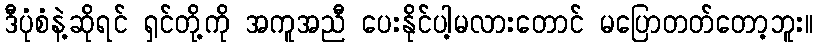
ဒီပုံစံနဲ့ဆိုရင် ရှင်တို့ကို အကူအညီ ပေးနိုင်ပါ့မလားတောင် မပြောတတ်တော့ဘူး။